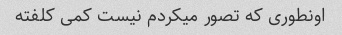
اونطوری که تصور میکردم نیست کمی کلفته